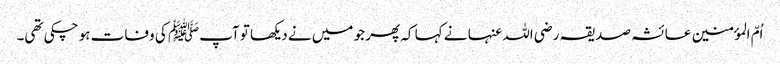
اُمّ المؤمنین عائشہ صدیقہ رضی اللہ عنہا نے کہا کہ پھر جو میں نے دیکھا تو آپﷺ کی وفات ہو چکی تھی۔